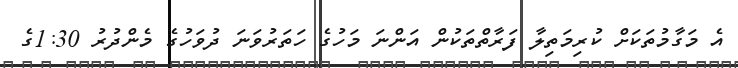
އެ މަގާމުތަކަށް ކުރިމަތިލާ ފަރާތްތަކުން އަންނަ މަހުގެ ހަތަރުވަނަ ދުވަހުގެ މެންދުރު 1:30ގެ